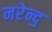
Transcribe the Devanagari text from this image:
नरेन्द॒